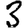
Digit: 3